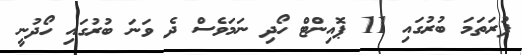
ފުރަތަމަ ބުރުގައި 11 ޕޮއިންޓް ހޯދި ނަމަވެސް ދެ ވަނަ ބުރުގައި ހޯދުނީ